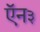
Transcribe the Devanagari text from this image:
ऍन३